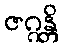
ဇဂ္ဂန္တိ